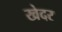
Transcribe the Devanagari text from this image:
खेदर